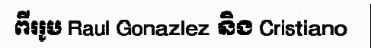
ពីររូប Raul Gonazlez និង Cristiano